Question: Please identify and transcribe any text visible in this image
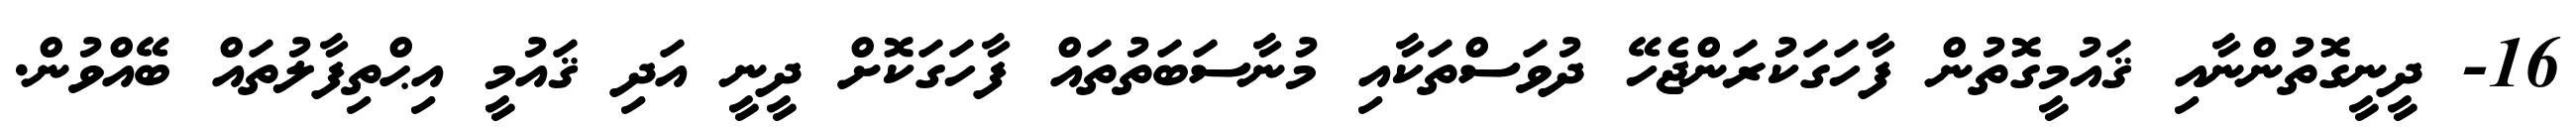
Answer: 16- ދީނީގޮތުންނާއި ޤައުމީގޮތުން ފާހަގަކުރަންޖެހޭ ދުވަސްތަކާއި މުނާސަބަތުތައް ފާހަގަކޮށް ދީނީ އަދި ޤައުމީ އިޙްތިފާލުތައް ބޭއްވުން.